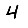
Digit: 4